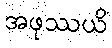
အဖုဿယိ